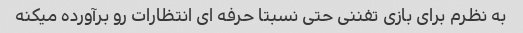
به نظرم برای بازی تفننی حتی نسبتا حرفه ای انتظارات رو برآورده میکنه